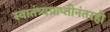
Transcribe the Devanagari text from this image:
स्वातंत्र्यप्राप्तीनंतरही